Mental hospitals Bombay report 1929-33 - 1929-1933
Year: 1929
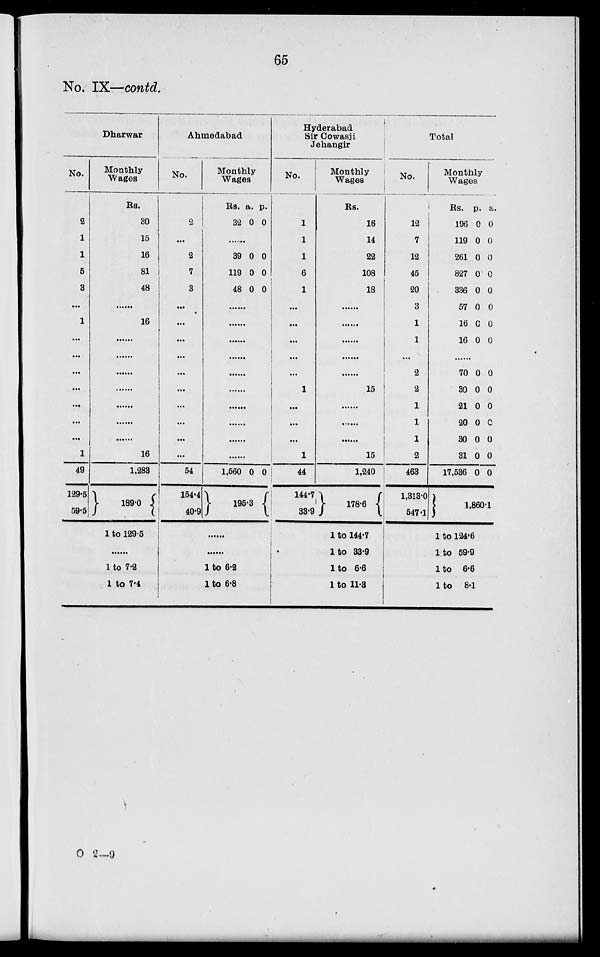
65
No. IX—contd.
Dharwar
No.
2
1
1
5
3
...
1
...
...
...
...
...
...
...
1
49
129.5
59.5
Monthly
Wages
Rs.
30
15
16
81
48
......
16
......
......
......
......
......
......
......
16
1,283
189.0
1 to 129.5
......
1 to 7.2
1 to 7.4
Ahmedabad
No.
2
...
2
7
3
...
...
...
...
...
...
...
...
...
...
54
154.4
40.9
Monthly
Wages
Rs.
32
a.
0
p.
0
.........
39
119
48
0
0
0
0
0
0
......
......
......
......
......
......
......
......
......
......
1,560 0 0
195.3
......
......
1 to 6.2
1 to 6.8
Hyderabad
Sir Cowasji
Jehangir
No.
1
1
1
6
1
...
...
...
...
...
1
...
...
...
1
44
144.7
33.9
Monthly
Wages
Rs.
16
14
22
108
18
......
......
......
......
......
15
......
......
......
15
1,240
178.6
1 to 144.7
1 to 33.9
1 to 6.6
1 to 11.3
Total
No.
12
7
12
45
20
3
1
1
...
2
2
1
1
1
2
463
1,313.0
547.1
Monthly
Wages
Rs.
196
119
261
827
336
57
16
16
p.
0
0
0
0
0
0
c
0
a.
0
0
0
0
0
0
0
0
.........
70
30
21
20
30
31
17,536
0
0
0
0
0
0
0
0
0
0
0
0
0
0
1,860.1
1 to 124.6
1 to 59.9
1 to 6.6
1 to
8.1
O 2—9